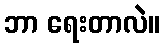
ဘာ ရေးတာလဲ။